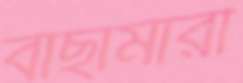
বাছামারী